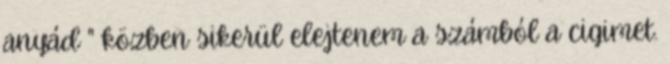
anyád " közben sikerül elejtenem a számból a cigimet.